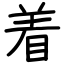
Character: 着